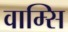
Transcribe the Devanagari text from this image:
वाम्सि